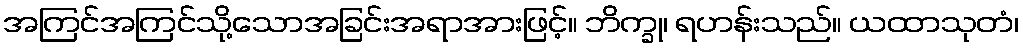
အကြင်အကြင်သို့သောအခြင်းအရာအားဖြင့်။ ဘိက္ခု၊ ရဟန်းသည်။ ယထာသုတံ၊